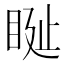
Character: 𥆊